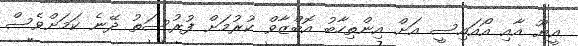
އީޔޫ އާއި އޯއައިސީ އަށް އިންތިހާބު އޮބްޒާވް ކުރުމަށް ފުރުސަތު ދޭނެ ކަމަށްވެސް